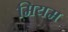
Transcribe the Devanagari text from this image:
मियम